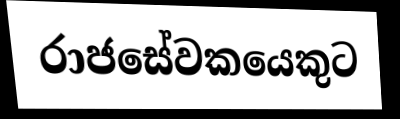
රාජසේවකයෙකුට